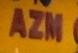
azm